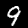
Label: 9